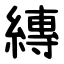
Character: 縳